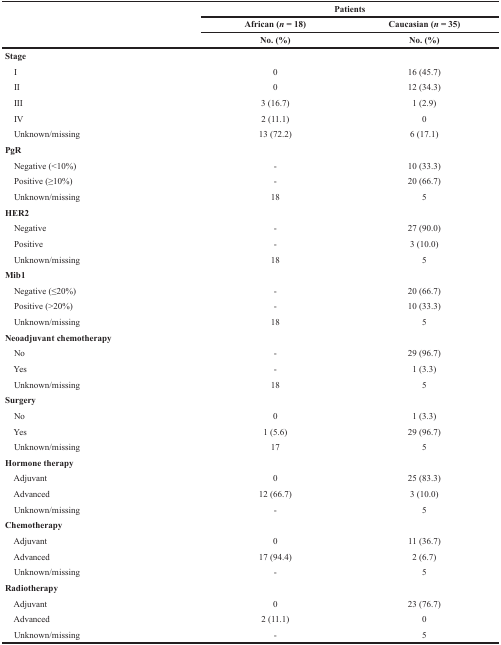
<table><thead><tr><td rowspan="3"></td><td colspan="2"><b>Patients</b></td></tr><tr><td><b>African (<i>n</i> = 18)</b></td><td><b>Caucasian (<i>n</i> = 35)</b></td></tr><tr><td><b>No. (%)</b></td><td><b>No. (%)</b></td></tr></thead><tbody><tr><td><b>Stage</b></td><td></td><td></td></tr><tr><td> I</td><td>0</td><td>16 (45.7)</td></tr><tr><td> II</td><td>0</td><td>12 (34.3)</td></tr><tr><td> III</td><td>3 (16.7)</td><td>1 (2.9)</td></tr><tr><td> IV</td><td>2 (11.1)</td><td>0</td></tr><tr><td> Unknown/missing</td><td>13 (72.2)</td><td>6 (17.1)</td></tr><tr><td><b>PgR</b></td><td></td><td></td></tr><tr><td> Negative (&lt;10%)</td><td>-</td><td>10 (33.3)</td></tr><tr><td> Positive (≥10%)</td><td>-</td><td>20 (66.7)</td></tr><tr><td> Unknown/missing</td><td>18</td><td>5</td></tr><tr><td><b>HER2</b></td><td></td><td></td></tr><tr><td> Negative</td><td>-</td><td>27 (90.0)</td></tr><tr><td> Positive</td><td>-</td><td>3 (10.0)</td></tr><tr><td> Unknown/missing</td><td>18</td><td>5</td></tr><tr><td><b>Mib1</b></td><td></td><td></td></tr><tr><td> Negative (≤20%)</td><td>-</td><td>20 (66.7)</td></tr><tr><td> Positive (&gt;20%)</td><td>-</td><td>10 (33.3)</td></tr><tr><td> Unknown/missing</td><td>18</td><td>5</td></tr><tr><td><b>Neoadjuvant chemotherapy</b></td><td></td><td></td></tr><tr><td> No</td><td>-</td><td>29 (96.7)</td></tr><tr><td> Yes</td><td>-</td><td>1 (3.3)</td></tr><tr><td> Unknown/missing</td><td>18</td><td>5</td></tr><tr><td><b>Surgery</b></td><td></td><td></td></tr><tr><td> No</td><td>0</td><td>1 (3.3)</td></tr><tr><td> Yes</td><td>1 (5.6)</td><td>29 (96.7)</td></tr><tr><td> Unknown/missing</td><td>17</td><td>5</td></tr><tr><td><b>Hormone therapy</b></td><td></td><td></td></tr><tr><td> Adjuvant</td><td>0</td><td>25 (83.3)</td></tr><tr><td> Advanced</td><td>12 (66.7)</td><td>3 (10.0)</td></tr><tr><td> Unknown/missing</td><td>-</td><td>5</td></tr><tr><td><b>Chemotherapy</b></td><td></td><td></td></tr><tr><td> Adjuvant</td><td>0</td><td>11 (36.7)</td></tr><tr><td> Advanced</td><td>17 (94.4)</td><td>2 (6.7)</td></tr><tr><td> Unknown/missing</td><td>-</td><td>5</td></tr><tr><td><b>Radiotherapy</b></td><td></td><td></td></tr><tr><td> Adjuvant</td><td>0</td><td>23 (76.7)</td></tr><tr><td> Advanced</td><td>2 (11.1)</td><td>0</td></tr><tr><td> Unknown/missing</td><td>-</td><td>5</td></tr></tbody></table>